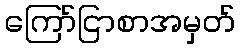
ကြော်ငြာစာအမှတ်